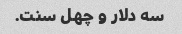
سه دلار و چهل سنت.